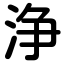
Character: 浄